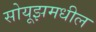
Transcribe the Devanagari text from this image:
सोयूझमधील